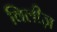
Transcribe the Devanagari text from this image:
विलीज़